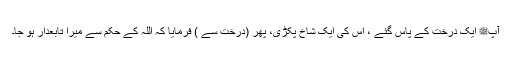
آپﷺ ایک درخت کے پاس گئے ، اس کی ایک شاخ پکڑی، پھر (درخت سے ) فرمایا کہ اللہ کے حکم سے میرا تابعدار ہو جا۔